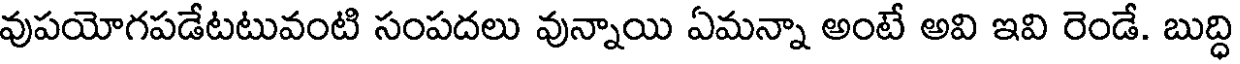
వుపయోగపడేటటువంటి సంపదలు వున్నాయి ఏమన్నా అంటే అవి ఇవి రెండే. బుద్ధి